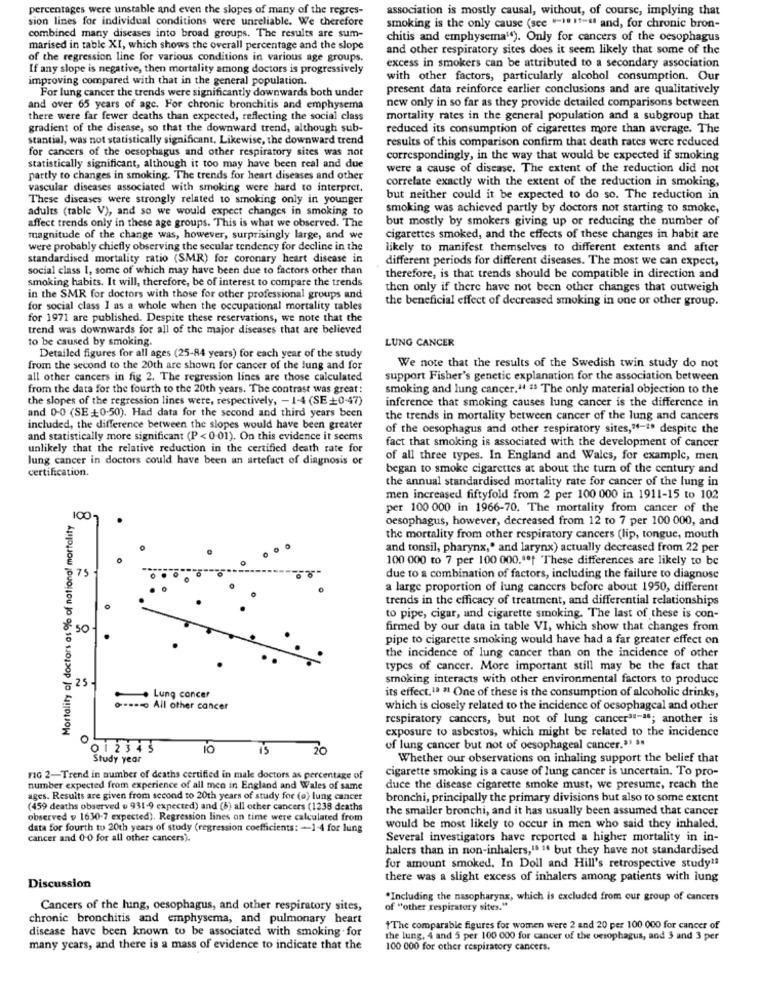
percentages were unstable and even the slopes of many of the regres-
association is mostly causal, without, of course, implying that
sion lines for individual conditions were unreliable. We therefore
smoking is the only cause (see "-10 11-4ª and, for chronic bron-
combined many diseases into broad groups. The results are sum-
chitis and emphysema"). Only for cancers of the oesophagus
marised in table XI, which shows the overall percentage and the slope
and other respiratory sites does it seem likely that some of the
of the regression line for various conditions in various age groups.
If any slope is negative, then mortality among doctors is progressively
excess in smokers can be attributed to a secondary association
improving compared with that in the general population.
with other factors, particularly alcohol consumption. Our
For lung cancer the trends were significantly downwards both under
present data reinforce earlier conclusions and are qualitatively
new only in so far as they provide detailed comparisons between
and over 65 years of age. For chronic bronchitis and emphysema
there were far fewer deaths than expected, reflecting the social class
mortality rates in the general population and a subgroup that
gradient of the disease, so that the downward trend, although sub-
reduced its consumption of cigarettes more than average. The
stantial, was not statistically significant. Likewise, the downward trend
results of this comparison confirm that death rates were reduced
for cancers of the oesophagus and other respiratory sites was not
correspondingly, in the way that would be expected if smoking
statistically significant, although it too may have been real and due
were a cause of disease. The extent of the reduction did not
partly to changes in smoking. The trends for heart diseases and other
correlate exactly with the extent of the reduction in smoking,
vascular diseases associated with smoking were hard to interpret.
These diseases were strongly related to smoking only in younger
but neither could it be expected to do so. The reduction in
adults (table V), and so we would expect changes in smoking to
smoking was achieved partly by doctors not starting to smoke,
affect trends only in these age groups. This is what we observed. The
but mostly by smokers giving up or reducing the number of
magnitude of the change was, however, surprisingly large, and we
cigarettes smoked, and the effects of these changes in habit are
were probably chiefly observing the secular tendency for decline in the
likely to manifest themselves to different extents and after
standardised mortality ratio (SMR) for coronary heart disease in
different periods for different diseases. The most we can expect,
social class 1, some of which may have been due to factors other than
smoking habits. It will, therefore, be of interest to compare the trends
therefore, is that trends should be compatible in direction and
then only if there have not been other changes that outweigh
in the SMR for doctors with those for other professional groups and
the beneficial effect of decreased smoking in one or other group.
for social class I as a whole when the occupational mortality tables
for 1971 are published. Despite these reservations, we note that the
trend was downwards for all of the major diseases that are believed
to be caused by smoking.
LUNG CANCER
Detailed figures for all ages (25-84 years) for each year of the study
from the second to the 20th are shown for cancer of the lung and for
We note that the results of the Swedish twin study do not
all other cancers in fig 2. The regression lines are those calculated
support Fisher's genetic explanation for the association between
from the data for the fourth to the 20th years. The contrast was great:
smoking and lung cancer." " The only material objection to the
the slopes of the regression lines were, respectively, - 1-4 (SE +0-47)
inference that smoking causes lung cancer is the difference in
and 0-0 (SE=+0-50). Had data for the second and third years been
the trends in mortality between cancer of the lung and cancers
included, the difference between the slopes would have been greater
of the oesophagus and other respiratory sites,"-1" despite the
and statistically more significant (P < 0-01). On this evidence it seems
fact that smoking is associated with the development of cancer
unlikely that the relative reduction in the certified death rate for
lung cancer in doctors could have been an artefact of diagnosis or
of all three types. In England and Wales, for example, men
began to smoke cigarettes at about the turn of the century and
certification.
the annual standardised mortality rate for cancer of the lung in
men increased fiftyfold from 2 per 100 000 in 1911-15 to 102
per 100 000 in 1966-70. The mortality from cancer of the
Mortality of doctors as % of national mortality
1001
oesophagus, however, decreased from 12 to 7 per 100 000, and
the mortality from other respiratory cancers (lip, tongue, mouth
and tonsil, pharynx,' and larynx) actually decreased from 22 per
100 000 to 7 per 100 000 .** f "These differences are likely to be
75
due to a combination of factors, including the failure to diagnose
a large proportion of lung cancers before about 1950, different
trends in the efficacy of treatment, and differential relationships
to pipe, cigar, and cigarette smoking. The last of these is con-
50 -
firmed by our data in table VI, which show that changes from
pipe to cigarette smoking would have had a far greater effect on
the incidence of lung cancer than on the incidence of other
types of cancer. More important still may be the fact that
25
smoking interacts with other environmental factors to produce
its effect, 13 " One of these is the consumption of alcoholic drinks,
-
. Lung cancer
a ==== All other cancer
which is closely related to the incidence of oesophagcal and other
respiratory cancers, but not of lung cancer3-46; another is
exposure to asbestos, which might be related to the incidence
0
012345
is
20
of lung cancer but not of oesophageal cancer.3' 3.
Study year
Whether our observations on inhaling support the belief that
cigarette smoking is a cause of lung cancer is uncertain. To pro-
no 2-Trend in number of deaths certified in male doctors as percentage of
number expected from experience of all men in England and Wales of same
duce the disease cigarette smoke must, we presume, reach the
ages. Results are given from second to 20th years of study for (o) lung cancer
bronchi, principally the primary divisions but also to some extent
(459 deaths observed u 931-9 expected) and (6) all other cancers (1238 deaths
the smaller bronchi, and it has usually been assumed that cancer
observed v 1630-7 expected). Regression lines on time were calculated from
data for fourth to 20th years of study (regression coefficients: - 1-4 for lung
would be most likely to occur in men who said they inhaled.
cancer and 0-0 for all other cancers).
Several investigators have reported a higher mortality in in-
halers than in non-inhalers,15 1. but they have not standardised
for amount smoked. In Doll and Hill's retrospective study !!
there was a slight excess of inhalers among patients with lung
Discussion
"Including the nasopharynx, which is excluded from our group of cancers
Cancers of the hing, oesophagus, and other respiratory sites,
of "other respiratory sites."
chronic bronchitis and emphysema, and pulmonary heart
disease have been known to be associated with smoking for
"The comparable figures for women were 2 and 20 per 100 000 for cancer of
the lung, 4 and 5 per 100 000 for cancer of the oesophagus, and 3 and 3 per
many years, and there is a mass of evidence to indicate that the
100 000 for other respiratory cancers.